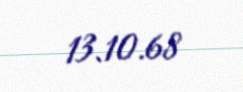
13.10.68